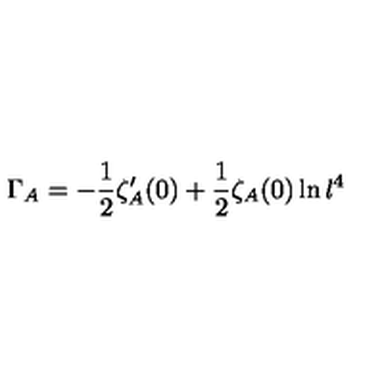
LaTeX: \Gamma _ { A } = - \frac { 1 } { 2 } \zeta _ { A } ^ { \prime } ( 0 ) + \frac { 1 } { 2 } \zeta _ { A } ( 0 ) \ln l ^ { 4 }